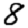
Digit: 8